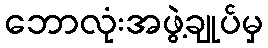
ဘောလုံးအဖွဲ့ချုပ်မှ